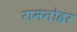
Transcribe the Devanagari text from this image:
रामनोहर